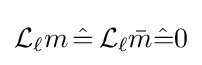
{\mathcal {L}}_{\ell }m\,{\hat {=}}\,{\mathcal {L}}_{\ell }{\bar {m}}{\hat {=}}0